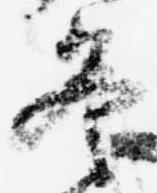
冬